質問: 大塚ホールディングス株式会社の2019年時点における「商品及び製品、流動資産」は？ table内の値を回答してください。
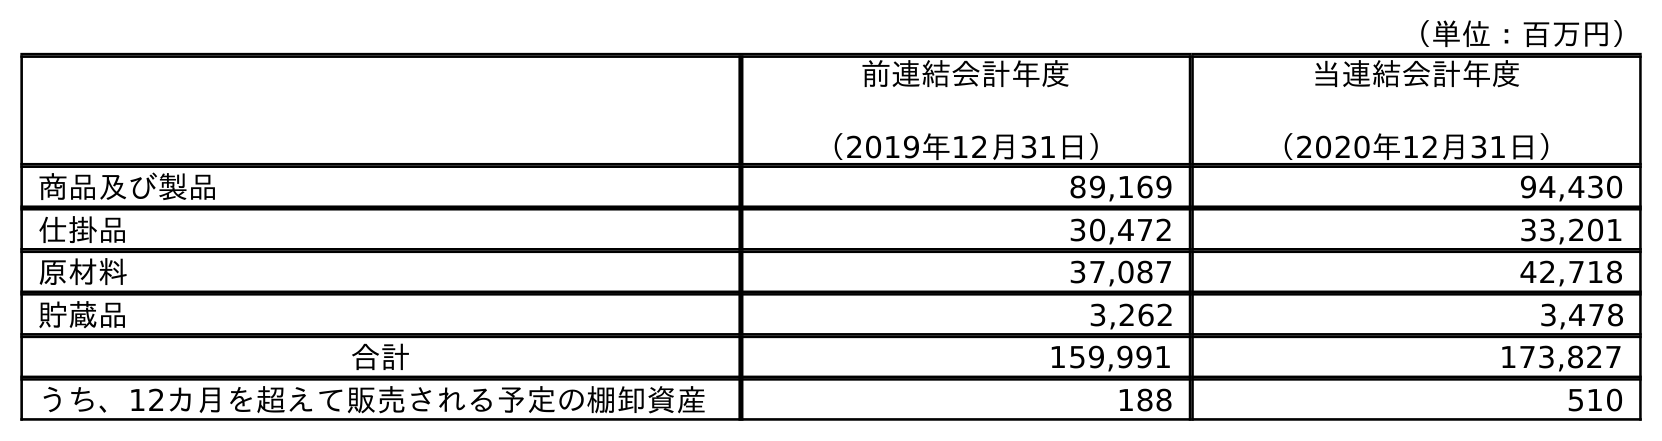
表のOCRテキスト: （単位：百万円） 前連結会計年度 （2019年12月31日） 当連結会計年度 （2020年12月31日） 商品及び製品 89,169 94,430 仕掛品 30,472 33,201 原材料 37,087 42,718 貯蔵品 3,262 3,478 合計 159,991 173,827 うち、12カ月を超えて販売される予定の棚卸資産 188 510
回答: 89,169